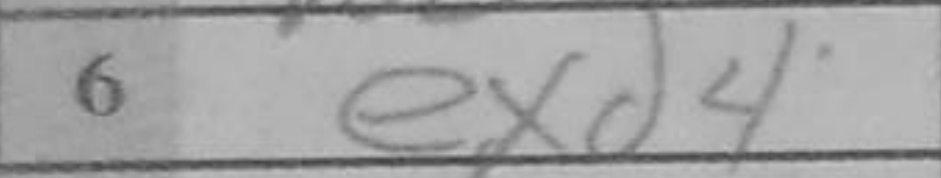
Transcription: exd4